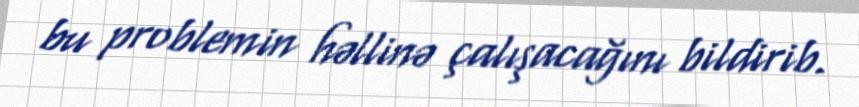
bu problemin həllinə çalışacağını bildirib.